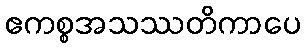
ဧကစ္စအသဿတိကာပေ